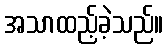
အသာထည့်ခဲ့သည်။